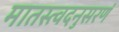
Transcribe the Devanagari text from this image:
मातस्त्वदनुसरणं